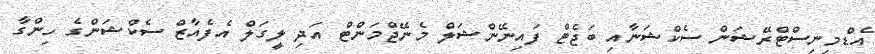
އެޑްމިނިސްޓްރޭޝަން ސެކްޝަނާއި ބަޖެޓް ފައިނޭންޝަލް މެނޭޖްމަންޓް އަދި ލީގަލް އެފެއާޒް ސެކްޝަންގެ ހިންގާ